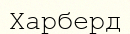
Харберд